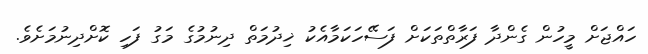
ހައްޖަށް މީހުން ގެންދާ ފަރާތްތަކަށް ފަސޭހަކަމާއެކު ޚިދުމަތް ދިނުމުގެ މަގު ފަހި ކޮށްދިނުމަށެވެ.